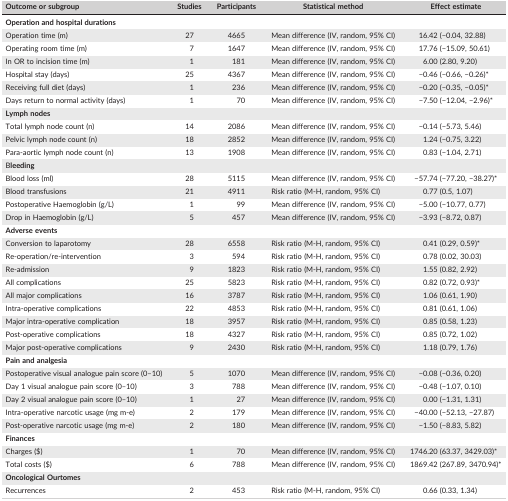
<table><thead><tr><td><b>Outcome or subgroup</b></td><td><b>Studies</b></td><td><b>Participants</b></td><td><b>Statistical method</b></td><td><b>Effect estimate</b></td></tr></thead><tbody><tr><td><b>Operation and hospital durations</b></td><td></td><td></td><td></td><td></td></tr><tr><td>Operation time (m)</td><td>27</td><td>4665</td><td>Mean difference (IV, random, 95% CI)</td><td>16.42 (−0.04, 32.88)</td></tr><tr><td>Operating room time (m)</td><td>7</td><td>1647</td><td>Mean difference (IV, random, 95% CI)</td><td>17.76 (−15.09, 50.61)</td></tr><tr><td>In OR to incision time (m)</td><td>1</td><td>181</td><td>Mean difference (IV, random, 95% CI)</td><td>6.00 (2.80, 9.20)</td></tr><tr><td>Hospital stay (days)</td><td>25</td><td>4367</td><td>Mean difference (IV, random, 95% CI)</td><td>−0.46 (−0.66, −0.26)*</td></tr><tr><td>Receiving full diet (days)</td><td>1</td><td>236</td><td>Mean difference (IV, random, 95% CI)</td><td>−0.20 (−0.35, −0.05)*</td></tr><tr><td>Days return to normal activity (days)</td><td>1</td><td>70</td><td>Mean difference (IV, random, 95% CI)</td><td>−7.50 (−12.04, −2.96)*</td></tr><tr><td><b>Lymph nodes</b></td><td></td><td></td><td></td><td></td></tr><tr><td>Total lymph node count (n)</td><td>14</td><td>2086</td><td>Mean difference (IV, random, 95% CI)</td><td>−0.14 (−5.73, 5.46)</td></tr><tr><td>Pelvic lymph node count (n)</td><td>18</td><td>2852</td><td>Mean difference (IV, random, 95% CI)</td><td>1.24 (−0.75, 3.22)</td></tr><tr><td>Para‐aortic lymph node count (n)</td><td>13</td><td>1908</td><td>Mean difference (IV, random, 95% CI)</td><td>0.83 (−1.04, 2.71)</td></tr><tr><td>B<b>leeding</b></td><td></td><td></td><td></td><td></td></tr><tr><td>Blood loss (ml)</td><td>28</td><td>5115</td><td>Mean difference (IV, random, 95% CI)</td><td>−57.74 (−77.20, −38.27)*</td></tr><tr><td>Blood transfusions</td><td>21</td><td>4911</td><td>Risk ratio (M‐H, random, 95% CI)</td><td>0.77 (0.5, 1.07)</td></tr><tr><td>Postoperative Haemoglobin (g/L)</td><td>1</td><td>99</td><td>Mean difference (IV, random, 95% CI)</td><td>−5.00 (−10.77, 0.77)</td></tr><tr><td>Drop in Haemoglobin (g/L)</td><td>5</td><td>457</td><td>Mean difference (IV, random, 95% CI)</td><td>−3.93 (−8.72, 0.87)</td></tr><tr><td><b>Adverse events</b></td><td></td><td></td><td></td><td></td></tr><tr><td>Conversion to laparotomy</td><td>28</td><td>6558</td><td>Risk ratio (M‐H, random, 95% CI)</td><td>0.41 (0.29, 0.59)*</td></tr><tr><td>Re‐operation/re‐intervention</td><td>3</td><td>594</td><td>Risk ratio (M‐H, random, 95% CI)</td><td>0.78 (0.02, 30.03)</td></tr><tr><td>Re‐admission</td><td>9</td><td>1823</td><td>Risk ratio (M‐H, random, 95% CI)</td><td>1.55 (0.82, 2.92)</td></tr><tr><td>All complications</td><td>25</td><td>5823</td><td>Risk ratio (M‐H, random, 95% CI)</td><td>0.82 (0.72, 0.93)*</td></tr><tr><td>All major complications</td><td>16</td><td>3787</td><td>Risk ratio (M‐H, random, 95% CI)</td><td>1.06 (0.61, 1.90)</td></tr><tr><td>Intra‐operative complications</td><td>22</td><td>4853</td><td>Risk ratio (M‐H, random, 95% CI)</td><td>0.81 (0.61, 1.06)</td></tr><tr><td>Major intra‐operative complication</td><td>18</td><td>3957</td><td>Risk ratio (M‐H, random, 95% CI)</td><td>0.85 (0.58, 1.23)</td></tr><tr><td>Post‐operative complications</td><td>18</td><td>4327</td><td>Risk ratio (M‐H, random, 95% CI)</td><td>0.85 (0.72, 1.02)</td></tr><tr><td>Major post‐operative complications</td><td>9</td><td>2430</td><td>Risk ratio (M‐H, random, 95% CI)</td><td>1.18 (0.79, 1.76)</td></tr><tr><td><b>Pain and analgesia</b></td><td></td><td></td><td></td><td></td></tr><tr><td>Postoperative visual analogue pain score (0–10)</td><td>5</td><td>1070</td><td>Mean difference (IV, random, 95% CI)</td><td>−0.08 (−0.36, 0.20)</td></tr><tr><td>Day 1 visual analogue pain score (0–10)</td><td>3</td><td>788</td><td>Mean difference (IV, random, 95% CI)</td><td>−0.48 (−1.07, 0.10)</td></tr><tr><td>Day 2 visual analogue pain score (0–10)</td><td>1</td><td>27</td><td>Mean difference (IV, random, 95% CI)</td><td>0.00 (−1.31, 1.31)</td></tr><tr><td>Intra‐operative narcotic usage (mg m‐e)</td><td>2</td><td>179</td><td>Mean difference (IV, random, 95% CI)</td><td>−40.00 (−52.13, −27.87)</td></tr><tr><td>Post‐operative narcotic usage (mg m‐e)</td><td>2</td><td>180</td><td>Mean difference (IV, random, 95% CI)</td><td>−1.50 (−8.83, 5.82)</td></tr><tr><td><b>Finances</b></td><td></td><td></td><td></td><td></td></tr><tr><td>Charges ($)</td><td>1</td><td>70</td><td>Mean difference (IV, random, 95% CI)</td><td>1746.20 (63.37, 3429.03)*</td></tr><tr><td>Total costs ($)</td><td>6</td><td>788</td><td>Mean difference (IV, random, 95% CI)</td><td>1869.42 (267.89, 3470.94)*</td></tr><tr><td><b>Oncological Ourtomes</b></td><td></td><td></td><td></td><td></td></tr><tr><td>Recurrences</td><td>2</td><td>453</td><td>Risk ratio (M‐H, random, 95% CI)</td><td>0.66 (0.33, 1.34)</td></tr></tbody></table>